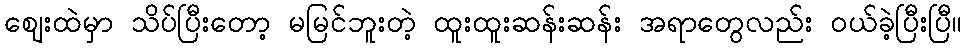
ဈေးထဲမှာ သိပ်ပြီးတော့ မမြင်ဘူးတဲ့ ထူးထူးဆန်းဆန်း အရာတွေလည်း ဝယ်ခဲ့ပြီးပြီ။